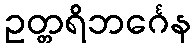
ဥတ္တရိဘင်္ဂေန